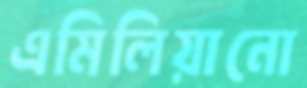
এমিলিয়ানো